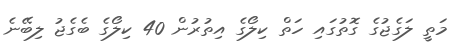
މަތީ ލަގެޖުގެ ގޮތުގައި ހަތް ކިލޯގެ އިތުރުން 40 ކިލޯގެ ބެގެޖު ލިބޭނެ